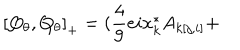
LaTeX: \left[ Q _ { \theta } , Q _ { \theta } \right] _ { + } = ( \frac { 4 } { 9 } e i x _ { k } ^ { * } A _ { k [ j , i ] } +